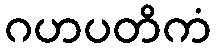
ဂဟပတိကံ